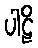
ပါဠိ